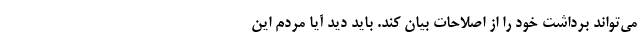
می‌تواند برداشت خود را از اصلاحات بیان کند. باید دید آیا مردم این